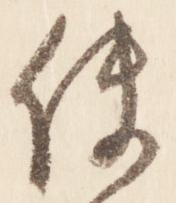
使